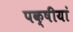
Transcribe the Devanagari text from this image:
पक्षीयां